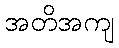
အတိအကျ